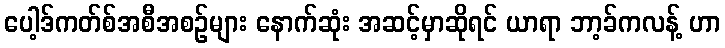
ပေါ့ဒ်ကတ်စ်အစီအစဉ်များ နောက်ဆုံး အဆင့်မှာဆိုရင် ယာရာ ဘာ့ခ်ကလန့် ဟာ